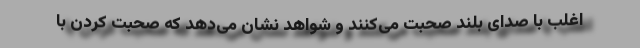
اغلب با صدای بلند صحبت می‌کنند و شواهد نشان می‌دهد که صحبت کردن با